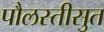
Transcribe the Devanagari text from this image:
पौलस्तीसुत